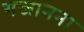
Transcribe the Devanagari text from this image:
गजानना